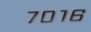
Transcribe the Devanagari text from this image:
७०१६